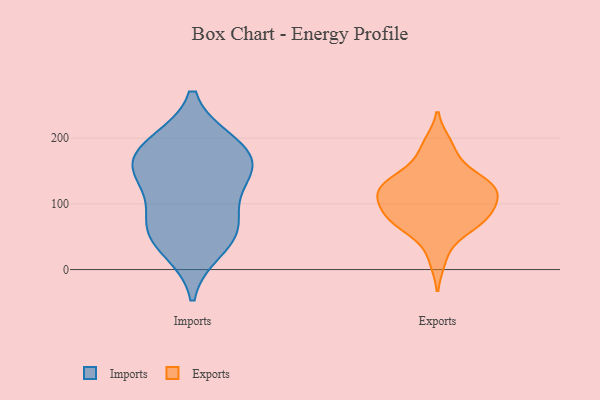
{"axis": {"x": "LTV (USD)", "y": "Value"}, "legend": ["Exports", "Imports"], "data": [{"x": "", "y": 192, "type": "Imports"}, {"x": "", "y": 191, "type": "Imports"}, {"x": "", "y": 57, "type": "Imports"}, {"x": "", "y": 32, "type": "Imports"}, {"x": "", "y": 159, "type": "Imports"}, {"x": "", "y": 77, "type": "Imports"}, {"x": "", "y": 132, "type": "Imports"}, {"x": "", "y": 63, "type": "Imports"}, {"x": "", "y": 164, "type": "Imports"}, {"x": "", "y": 148, "type": "Imports"}, {"x": "", "y": 101, "type": "Exports"}, {"x": "", "y": 110, "type": "Exports"}, {"x": "", "y": 102, "type": "Exports"}, {"x": "", "y": 181, "type": "Exports"}, {"x": "", "y": 126, "type": "Exports"}, {"x": "", "y": 141, "type": "Exports"}, {"x": "", "y": 78, "type": "Exports"}, {"x": "", "y": 78, "type": "Exports"}, {"x": "", "y": 72, "type": "Exports"}, {"x": "", "y": 190, "type": "Exports"}, {"x": "", "y": 67, "type": "Exports"}, {"x": "", "y": 131, "type": "Exports"}, {"x": "", "y": 17, "type": "Exports"}, {"x": "", "y": 125, "type": "Exports"}, {"x": "", "y": 70, "type": "Exports"}, {"x": "", "y": 135, "type": "Exports"}, {"x": "", "y": 119, "type": "Exports"}]}